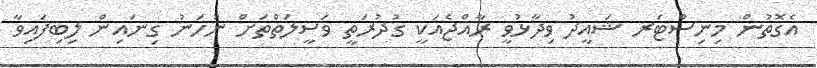
އެގޮތުން މިނިސްޓަރ ޝައީދު ވިދާޅުވީ ރާއްޖެއަކީ ގުދުރަތީ ވަސީލަތްތަށް ނުހަނު ގިނައިން ލިބިފައިވާ